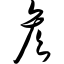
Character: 彦